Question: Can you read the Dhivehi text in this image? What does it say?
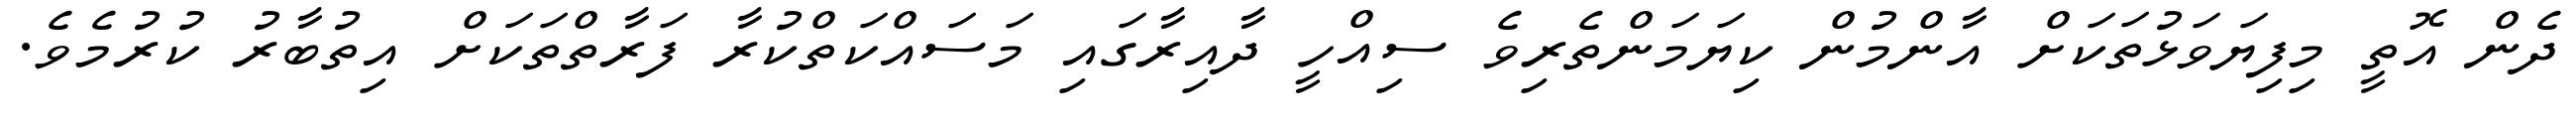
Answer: ދެން އޮތީ މިފިޔަވަޅުތަކަށް އާންމުން ކިޔަމަންތެރިވެ ސިއްހީ ދާއިރާގައި މަސައްކަތްކުރާ ފަރާތްތަކަށް އިތުބާރު ކުރުމެވެ.